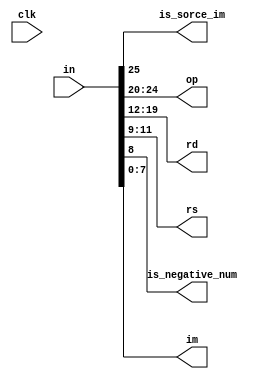
module decoder(clk,in,is_sorce_im,op,rd,rs,is_negative_num,im);
	input clk;
	input[25:0]in;
	output is_sorce_im;
	output[4:0]op;
	output[7:0]rd;
	output[2:0]rs;
	output is_negative_num;
	output[7:0] im;
	
	assign is_sorce_im=in[25:25];
	assign op=in[24:20];
	assign rd=in[19:12];
	assign rs=in[11:9];
	assign is_negative_num=in[8:8];
	assign im=in[7:0];

endmodule